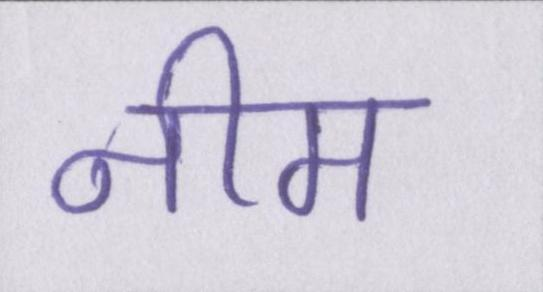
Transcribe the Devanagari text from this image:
नीम